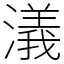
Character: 𣿭